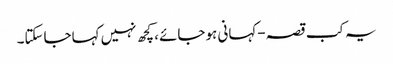
یہ کب قصہ-کہانی ہوجائے ،کچھ نہیں کہاجاسکتا۔